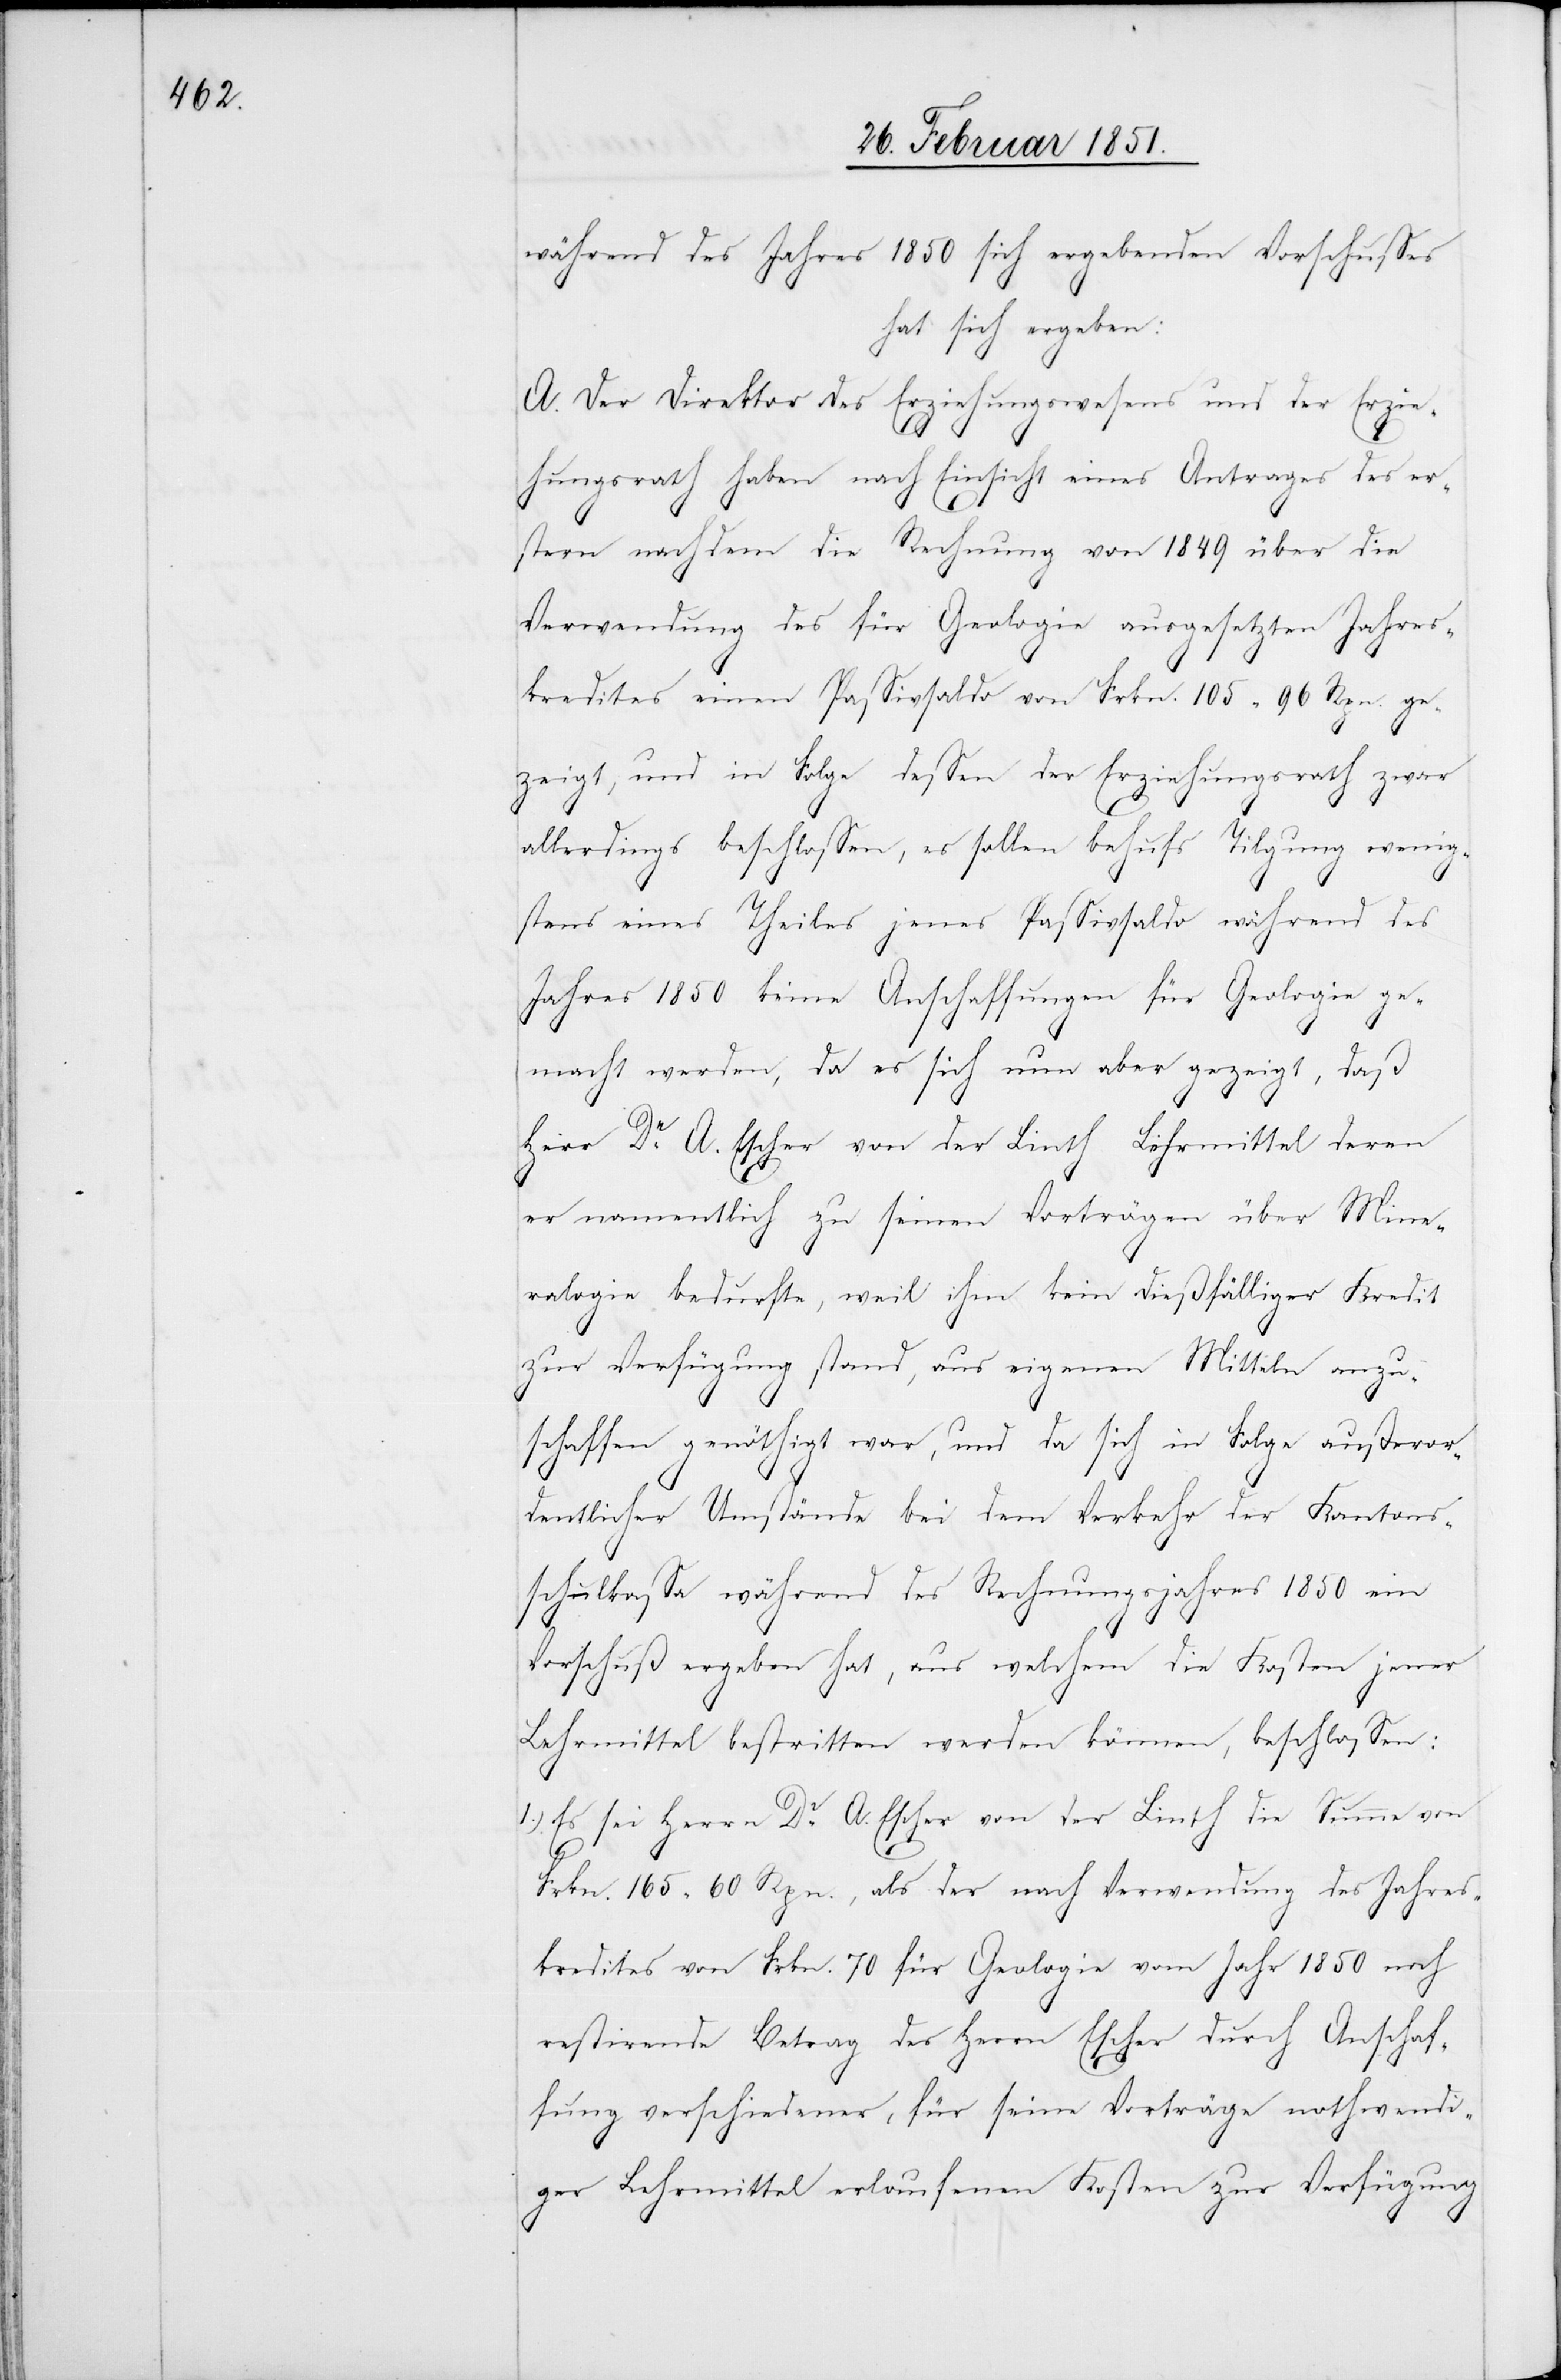
während des Jahres 1850 sich ergebenden Vorschusses
hat sich ergeben:
A. Der Direktor des Erziehungswesens und der Erzie¬
hungsrath haben nach Einsicht eines Antrages des er¬
stern nachdem die Rechnung von 1849 über die
Verwendung des für Geologie ausgesetzten Jahres¬
kredites einen Passivsaldo von Frkn. 105 96 Rpn. ge¬
zeigt, und in Folge dessen der Erziehungsrath zwar
allerdings beschlossen, es sollen behufs Tilgung wenig¬
stens eines Theiles jenes Passivsaldo während des
Jahres 1850 keine Anschaffungen für Geologie ge¬
macht werden, da es sich nun aber gezeigt, daß
Herr Dr. A. Escher von der Linth Lehrmittel deren
er namentlich zu seinen Vorträgen über Mine¬
ralogie bedurfte, weil ihm kein dießfälliger Kredit
zur Verfügung stand, aus eigenen Mitteln anzu¬
schaffen genöthigt war, und da sich in Folge außeror¬
dentlicher Umstände bei dem Verkehr der Kantons¬
schulkassa während des Rechnungsjahres 1850 ein
Vorschuß ergeben hat, aus welchem die Kosten jener
Lehrmittel bestritten werden können, beschlossen:
1.) Es sei Herrn Dr. A. Escher von der Linth die Summe von
Frkn. 165 60 Rpn., als der nach Verwendung des Jahres¬
kredites von Frkn. 70 für Geologie vom Jahr 1850 noch
restirende Betrag des Herrn Escher durch Anschaf¬
fung verschiedener, für seine Vorträge nothwendi¬
ger Lehrmittel erlaufenen Kosten zur Verfügung